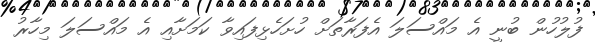
ފުލުހުން ބުނީ އެ މައްސަލަ އެފަރާތަށް ހުށަހެޅިފައިވާ ކަަމަށާއި އެ މައްސަލަ މިހާރު